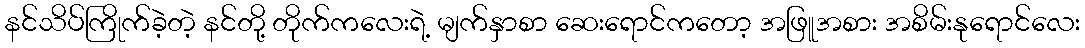
နင်သိပ်ကြိုက်ခဲ့တဲ့ နင်တို့ တိုက်ကလေးရဲ့ မျက်နှာစာ ဆေးရောင်ကတော့ အဖြူအစား အစိမ်းနုရောင်လေး